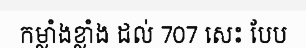
កម្លាំងខ្លាំង ដល់ 707 សេះ បែប